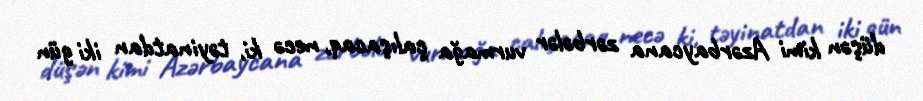
düşən kimi Azərbaycana zərbələr vurmağa çalışacaq, necə ki, təyinatdan iki gün